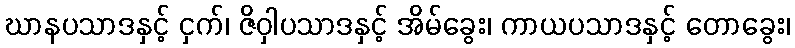
ဃာနပသာဒနှင့် ငှက်၊ ဇိဝှါပသာဒနှင့် အိမ်ခွေး၊ ကာယပသာဒနှင့် တောခွေး၊